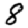
Digit: 8